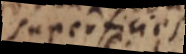
superficies